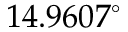
1 4 . 9 6 0 7 ^ { \circ }